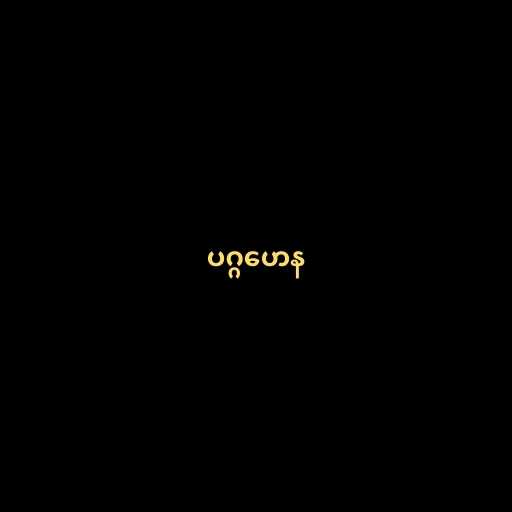
ပဂ္ဂဟေန